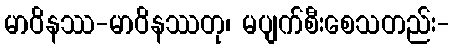
မာဝိနဿ-မာဝိနဿတု၊ မပျက်စီးစေသတည်း-